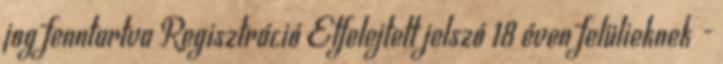
jog fenntartva Regisztráció Elfelejtett jelszó 18 éven felülieknek -